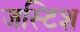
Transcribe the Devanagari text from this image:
जस्टिश